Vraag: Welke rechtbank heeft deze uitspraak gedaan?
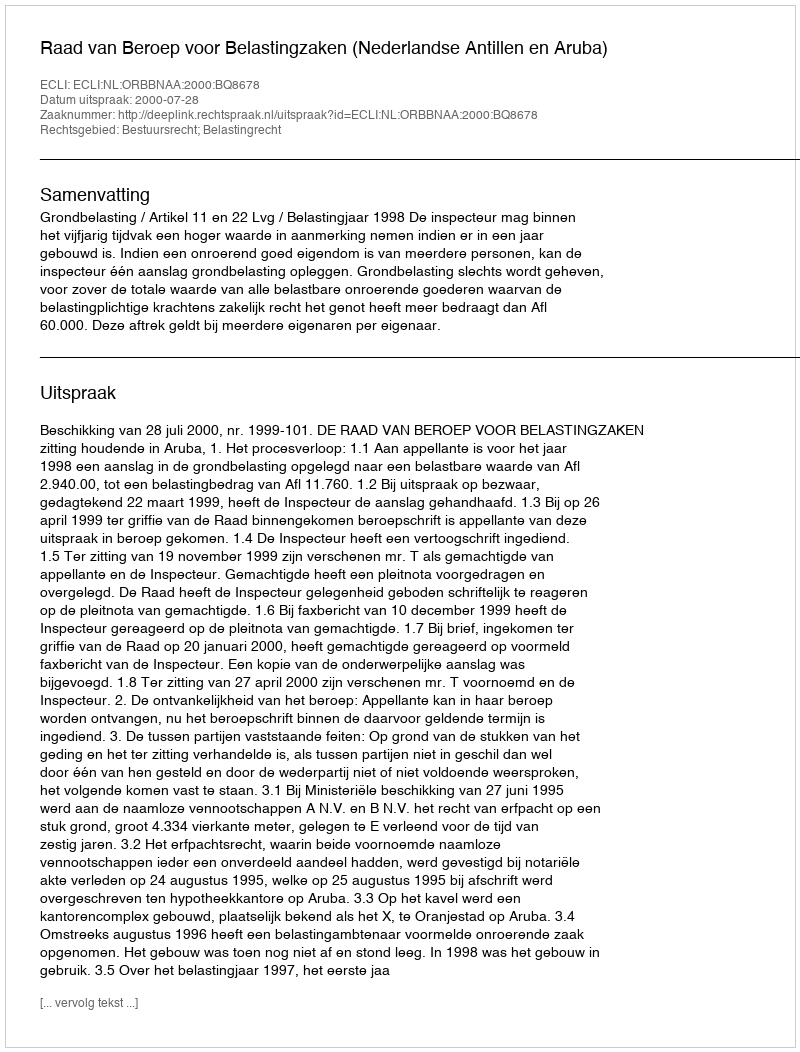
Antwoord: Raad van Beroep voor Belastingzaken (Nederlandse Antillen en Aruba)